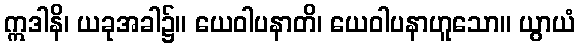
ဣဒါနိ၊ ယခုအခါ၌။ ယေဝါပနာတိ၊ ယေဝါပနာဟူသော။ ယွာယံ